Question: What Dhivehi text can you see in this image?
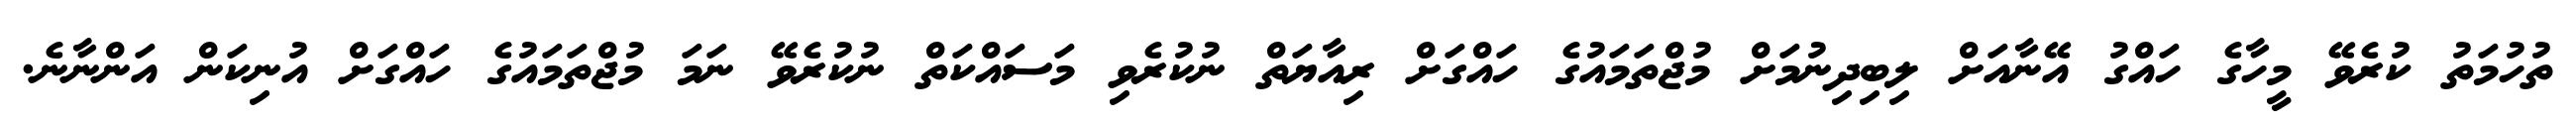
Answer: ތުހުމަތު ކުރެވޭ މީހާގެ ހައްގު އޭނާއަށް ލިބިދިނުމަށް މުޖްތަމައުގެ ހައްގަށް ރިއާޔަތް ނުކުރެވި މަސައްކަތް ނުކުރެވޭ ނަމަ މުޖްތަމައުގެ ހައްގަށް އުނިކަން އަންނާނެ.